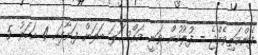
ފެންމަތިވެއްޖެ - ފުލުހުން ވަނީ މައްސަލަ ބަލަން ފަށާފައި 4 އަހަރު 5